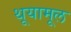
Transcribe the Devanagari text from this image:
थूयामूल